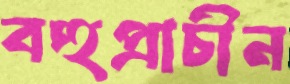
বহুপ্রাচীন